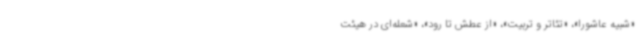
«شبیه عاشورا»، «تئاتر و تربیت»، «از عطش تا رود»، «شعله‌ای در هیئت